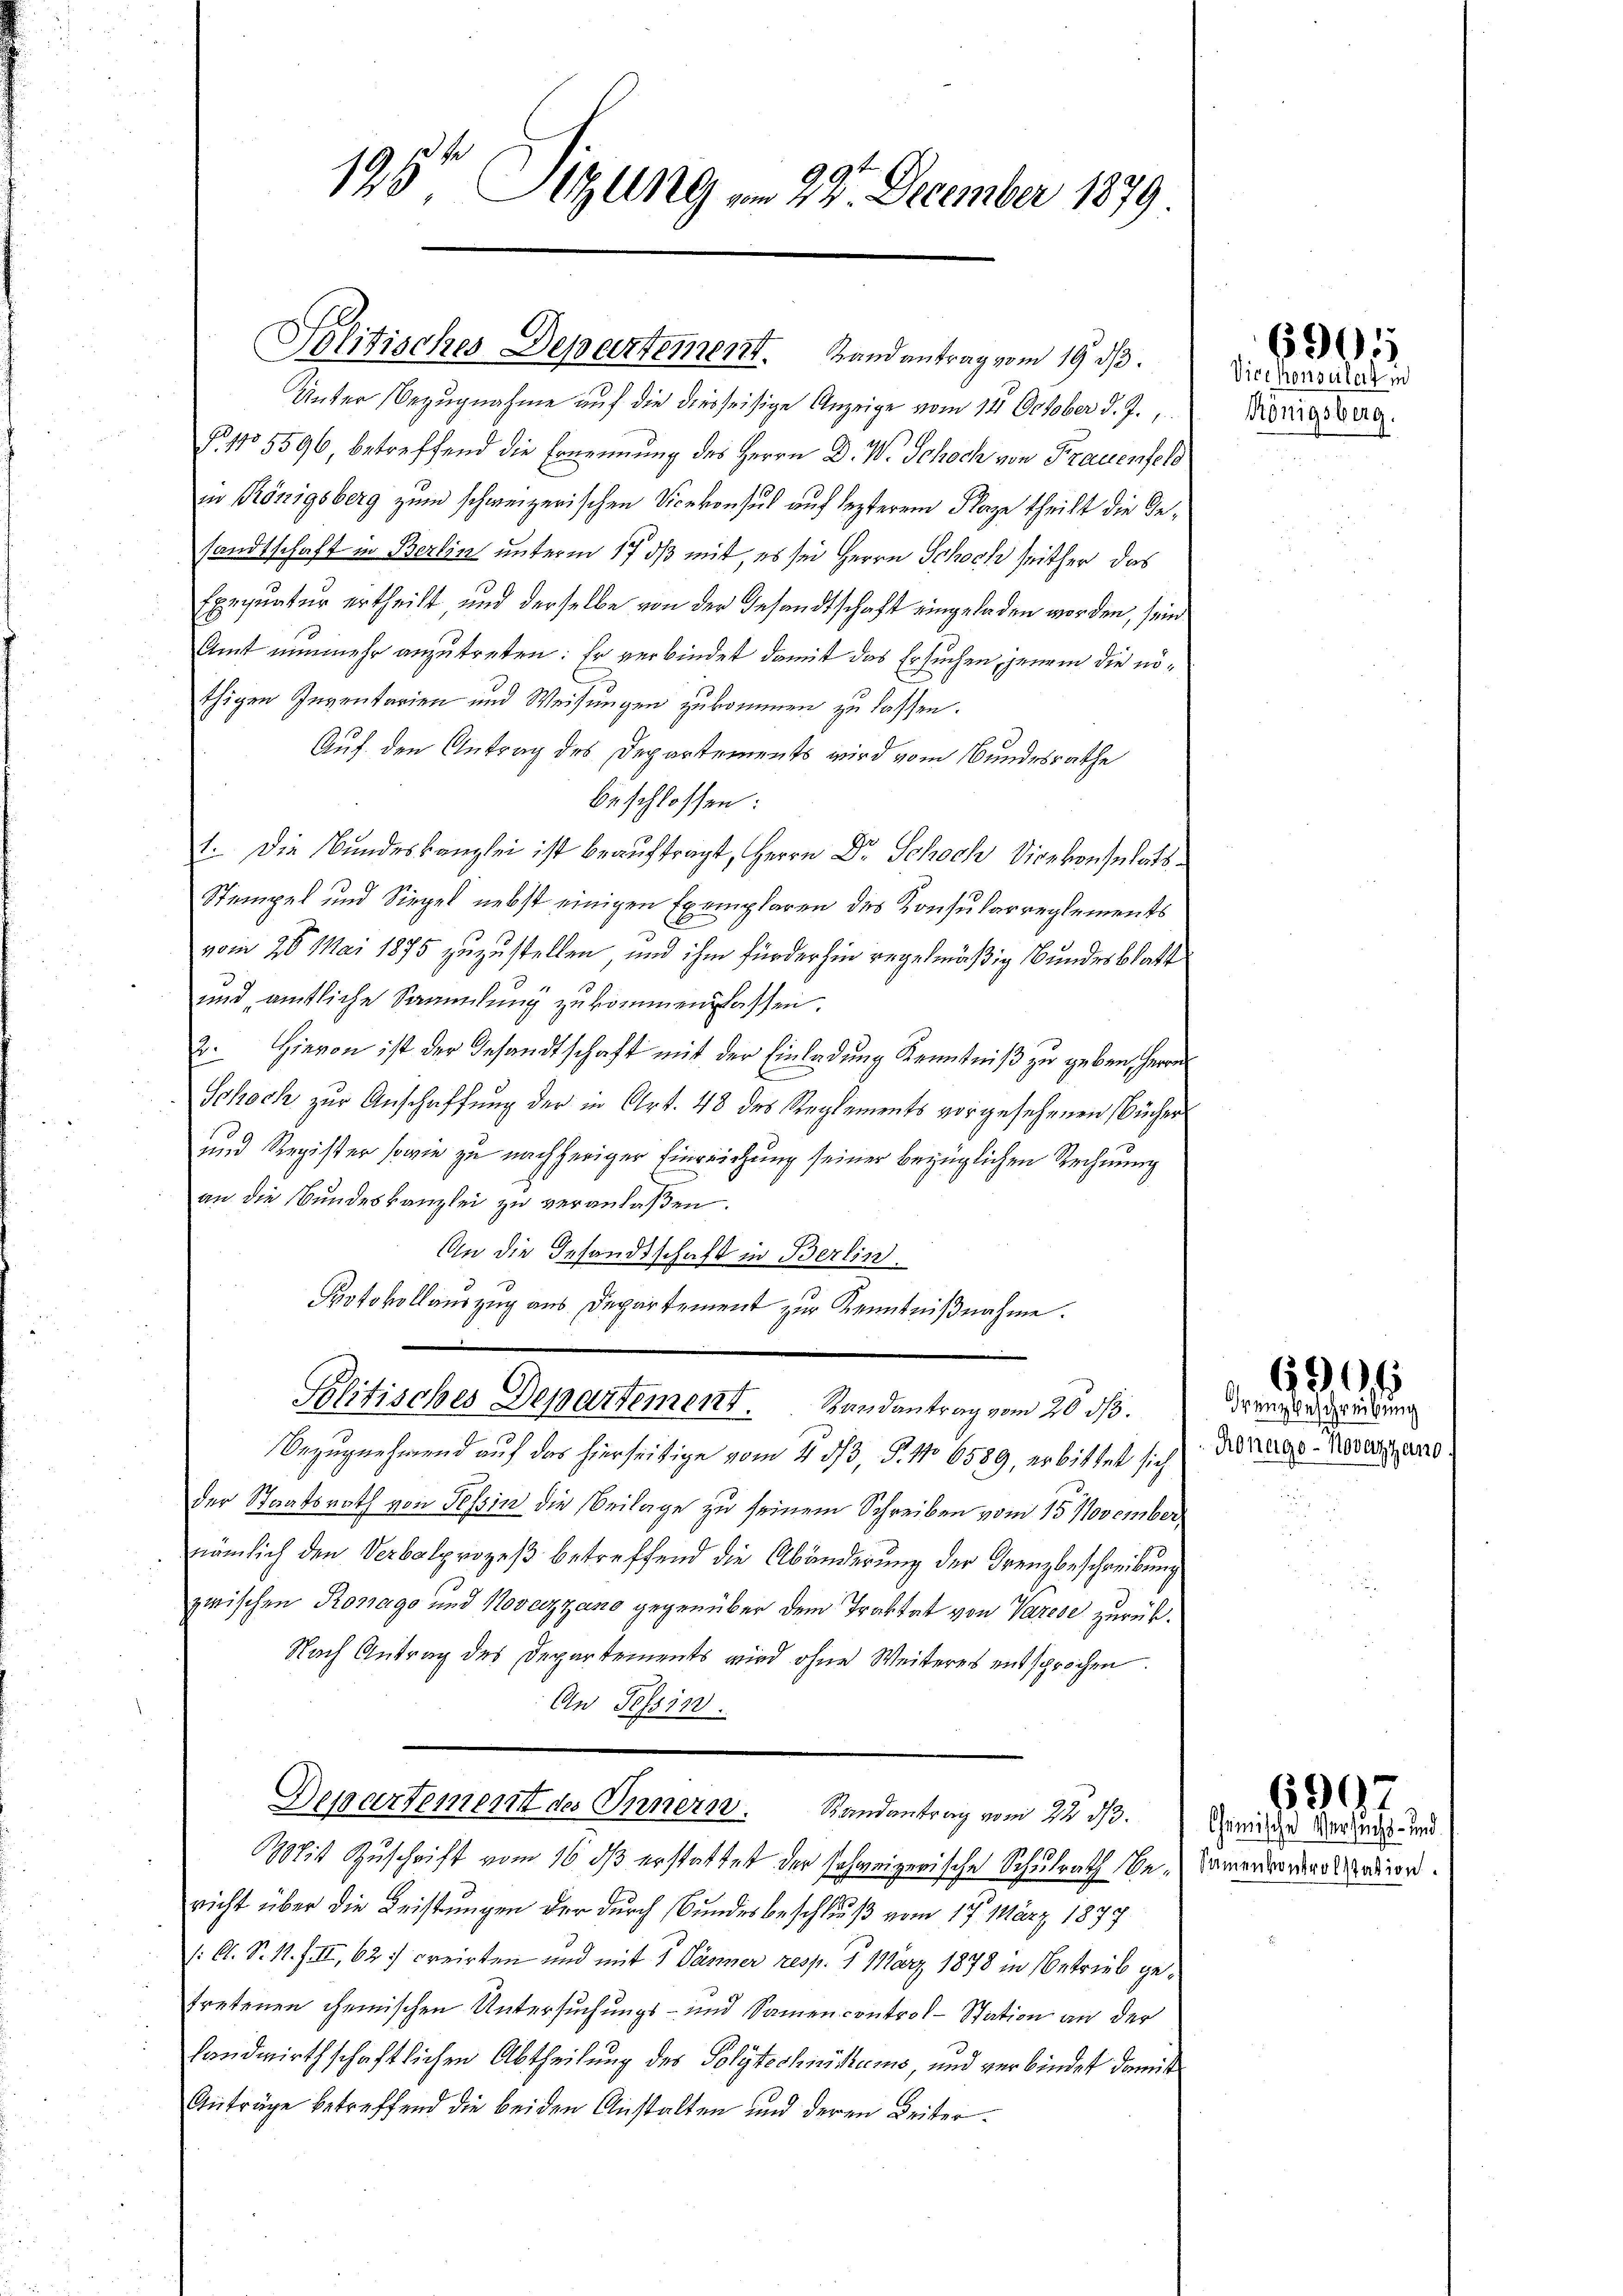
195te Sitzung vom 22. December 1879

Unter Bezugnahme auf die diesseitige Anzeige vom 14. October d. J.,
Fr. 155596, betreffend die Ernennung des Herrn D. W. Schoch von Frauensch
in Königsberg zum schweizerischen Vicekonsul auf lezterem Plaze theilt die Besandtschaft in Berlin unterm 17 dß mit, es sei Herrn Schoch seither das
Exequatur ertheilt, und derselbe von der Gesandtschaft eingeladen worden, sein
Amt nunmehr anzutreten: Er verbindet damit das Ersuchen, jenem die nöthigen Inventarien und Weisungen zukommen zu lassen.
Auf den Antrag des Departements wird vom Bundesrathe
beschlossen:
1. Die Bundeskanzlei ist beauftragt, Herrn Dr. Schoch Vicekonsulats
Stempel und Siegel nebst einigen Exemplaren des Konsularreglements
vom 28. Mai 1875 zuzustellen, und ihm für der hin regelmäßig Bundesblatt
und amtliche Sammlung zukommen lassen.
2. Hievon ist der Gesandtschaft mit der Einladung Kenntniß zu geben, Herrn
Schoch zur Anschaffung der in Art. 48 des Reglements vorgesehenen Bücher
und Register sowie zu nachheriger Einreichung seiner bezüglichen Rechnung
an die Bundeskanzlei zu veranlaßen.
An die Gesandtschaft in Berlin.
Protokollauszug aus Departement zur Kenntnißnahme.
Politisches Departement. Randantrag vom 20. dβ.
Bezugnehmend auf das hierseitige vom 4. 53, P. No 6589, erbittet sich
der Staatsrath von Tessin die Beilage zu seinem Schreiben vom 15. November
nämlich den Verbalprozeß betreffend die Abänderung der Grenzbeschreibung
zwischen Romago und Novazzano gegenüber dem Traktat von Varese zurück¬
Nach Antrag des Departements wird ohne Weiteres entsprochen.
An Tessin.
Departement des Innern. Randantrag vom 22. d.
Mit Zuschrift vom 16. ds erstattet der schweizerische Schulrath Be-Namen wordero adion.
richt über die Leistungen der durch Bundesbeschluß vom 17. März 1877
: A. S. 11. f. II, 62. creirten und mit 1 Dämmer resp. 1. März 1878 in Betrieb getretenen chemischen Untersuchungs- und Samen control-Station an der
landwirthschaftlichen Abtheilung des Polytechnikums, und verbindet damit
Anträge betreffend die beiden Anstalten und deren Beiter¬

Politisches Departement. Handantrag vom 19. ds.

Vicekonsulat in
Königsberg.

6905

Grenzbeschreibung
Ronago-Novazzano

690 f

Chemische Versuchs- und

696